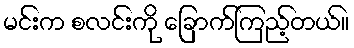
မင်းက စလင်းကို ခြောက်ကြည့်တယ်။